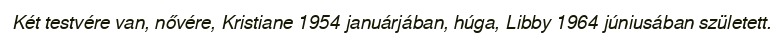
Két testvére van, nővére, Kristiane 1954 januárjában, húga, Libby 1964 júniusában született.